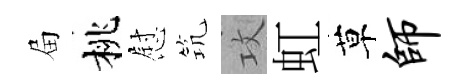
屇桃慰𥬑攻虹草师